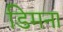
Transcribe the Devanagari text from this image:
डिमना